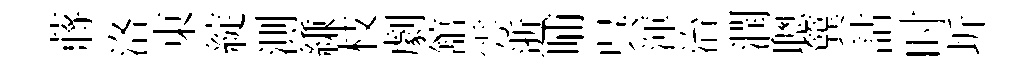
蔣洛東綻測縑枝劇舘雩逝晡呉渾治潤聰簨詁时圻